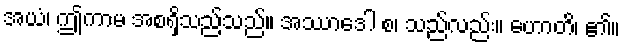
အယံ၊ ဤကာမ အစရှိသည်သည်။ အဿာဒေါ စ၊ သည်လည်း။ ဟောတိ၊ ၏။